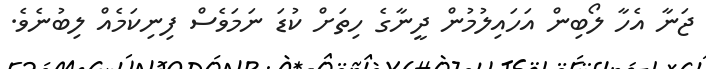
ޖަނާ އެހާ ލޯބިން އަހައިލުމުން ދީނާގެ ހިތަށް ކުޑަ ނަމަވެސް ފިނިކަމެއް ލިބުނެވެ.